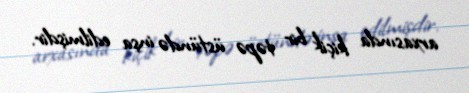
arxasında kiçik bir təpə üstündə inşa edilmişdir.